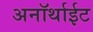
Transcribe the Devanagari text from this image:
अनॉर्थाईट